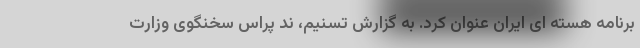
برنامه هسته ای ایران عنوان کرد. به گزارش تسنیم، ند پراس سخنگوی وزارت